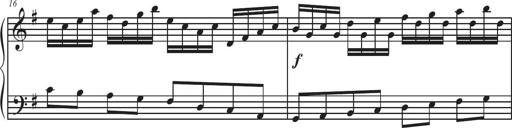
Title: Sonatina Espania
Composer: Jerald Franklin Archer
Key: Various